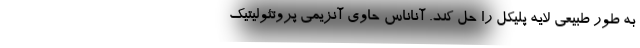
به طور طبیعی لایه پلیکل را حل کند. آناناس حاوی آنزیمی پروتئولیتیک